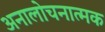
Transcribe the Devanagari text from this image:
अनालोचनात्मक